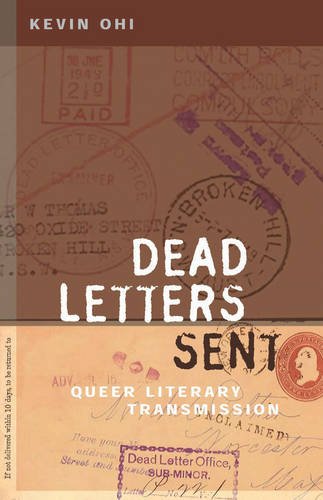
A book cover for Dead Letters Sent: Queer Literary Transmission; Kevin Ohi; Gay & Lesbian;